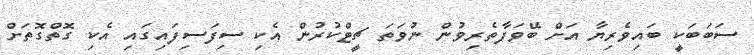
ސަބަބަކީ ބައިވެރިޔާ އަށް ބޭވަފާތެރިވުން ނުވަތަ ޗީޓްކުރުން އެކި ސިފަސިފައިގައި އެކި ގޮތްގޮތަށް